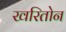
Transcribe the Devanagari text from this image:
खरितोन